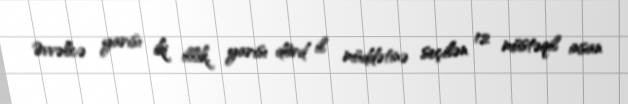
Əvvəlcə yarısı iki illik, yarısı dörd il müddətinə seçilən 12 müstəqil insan